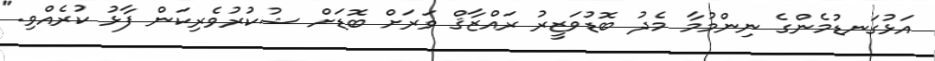
އަޅުގަނޑުމެންގެ ނިންމުމާ މެދު ބޮޑުވަޒީރު ރައްޒާޤް ވަރަށް ބޮޑަށް ޝުކުރުވެރިކަން ފާޅު ކުރެއްވި."